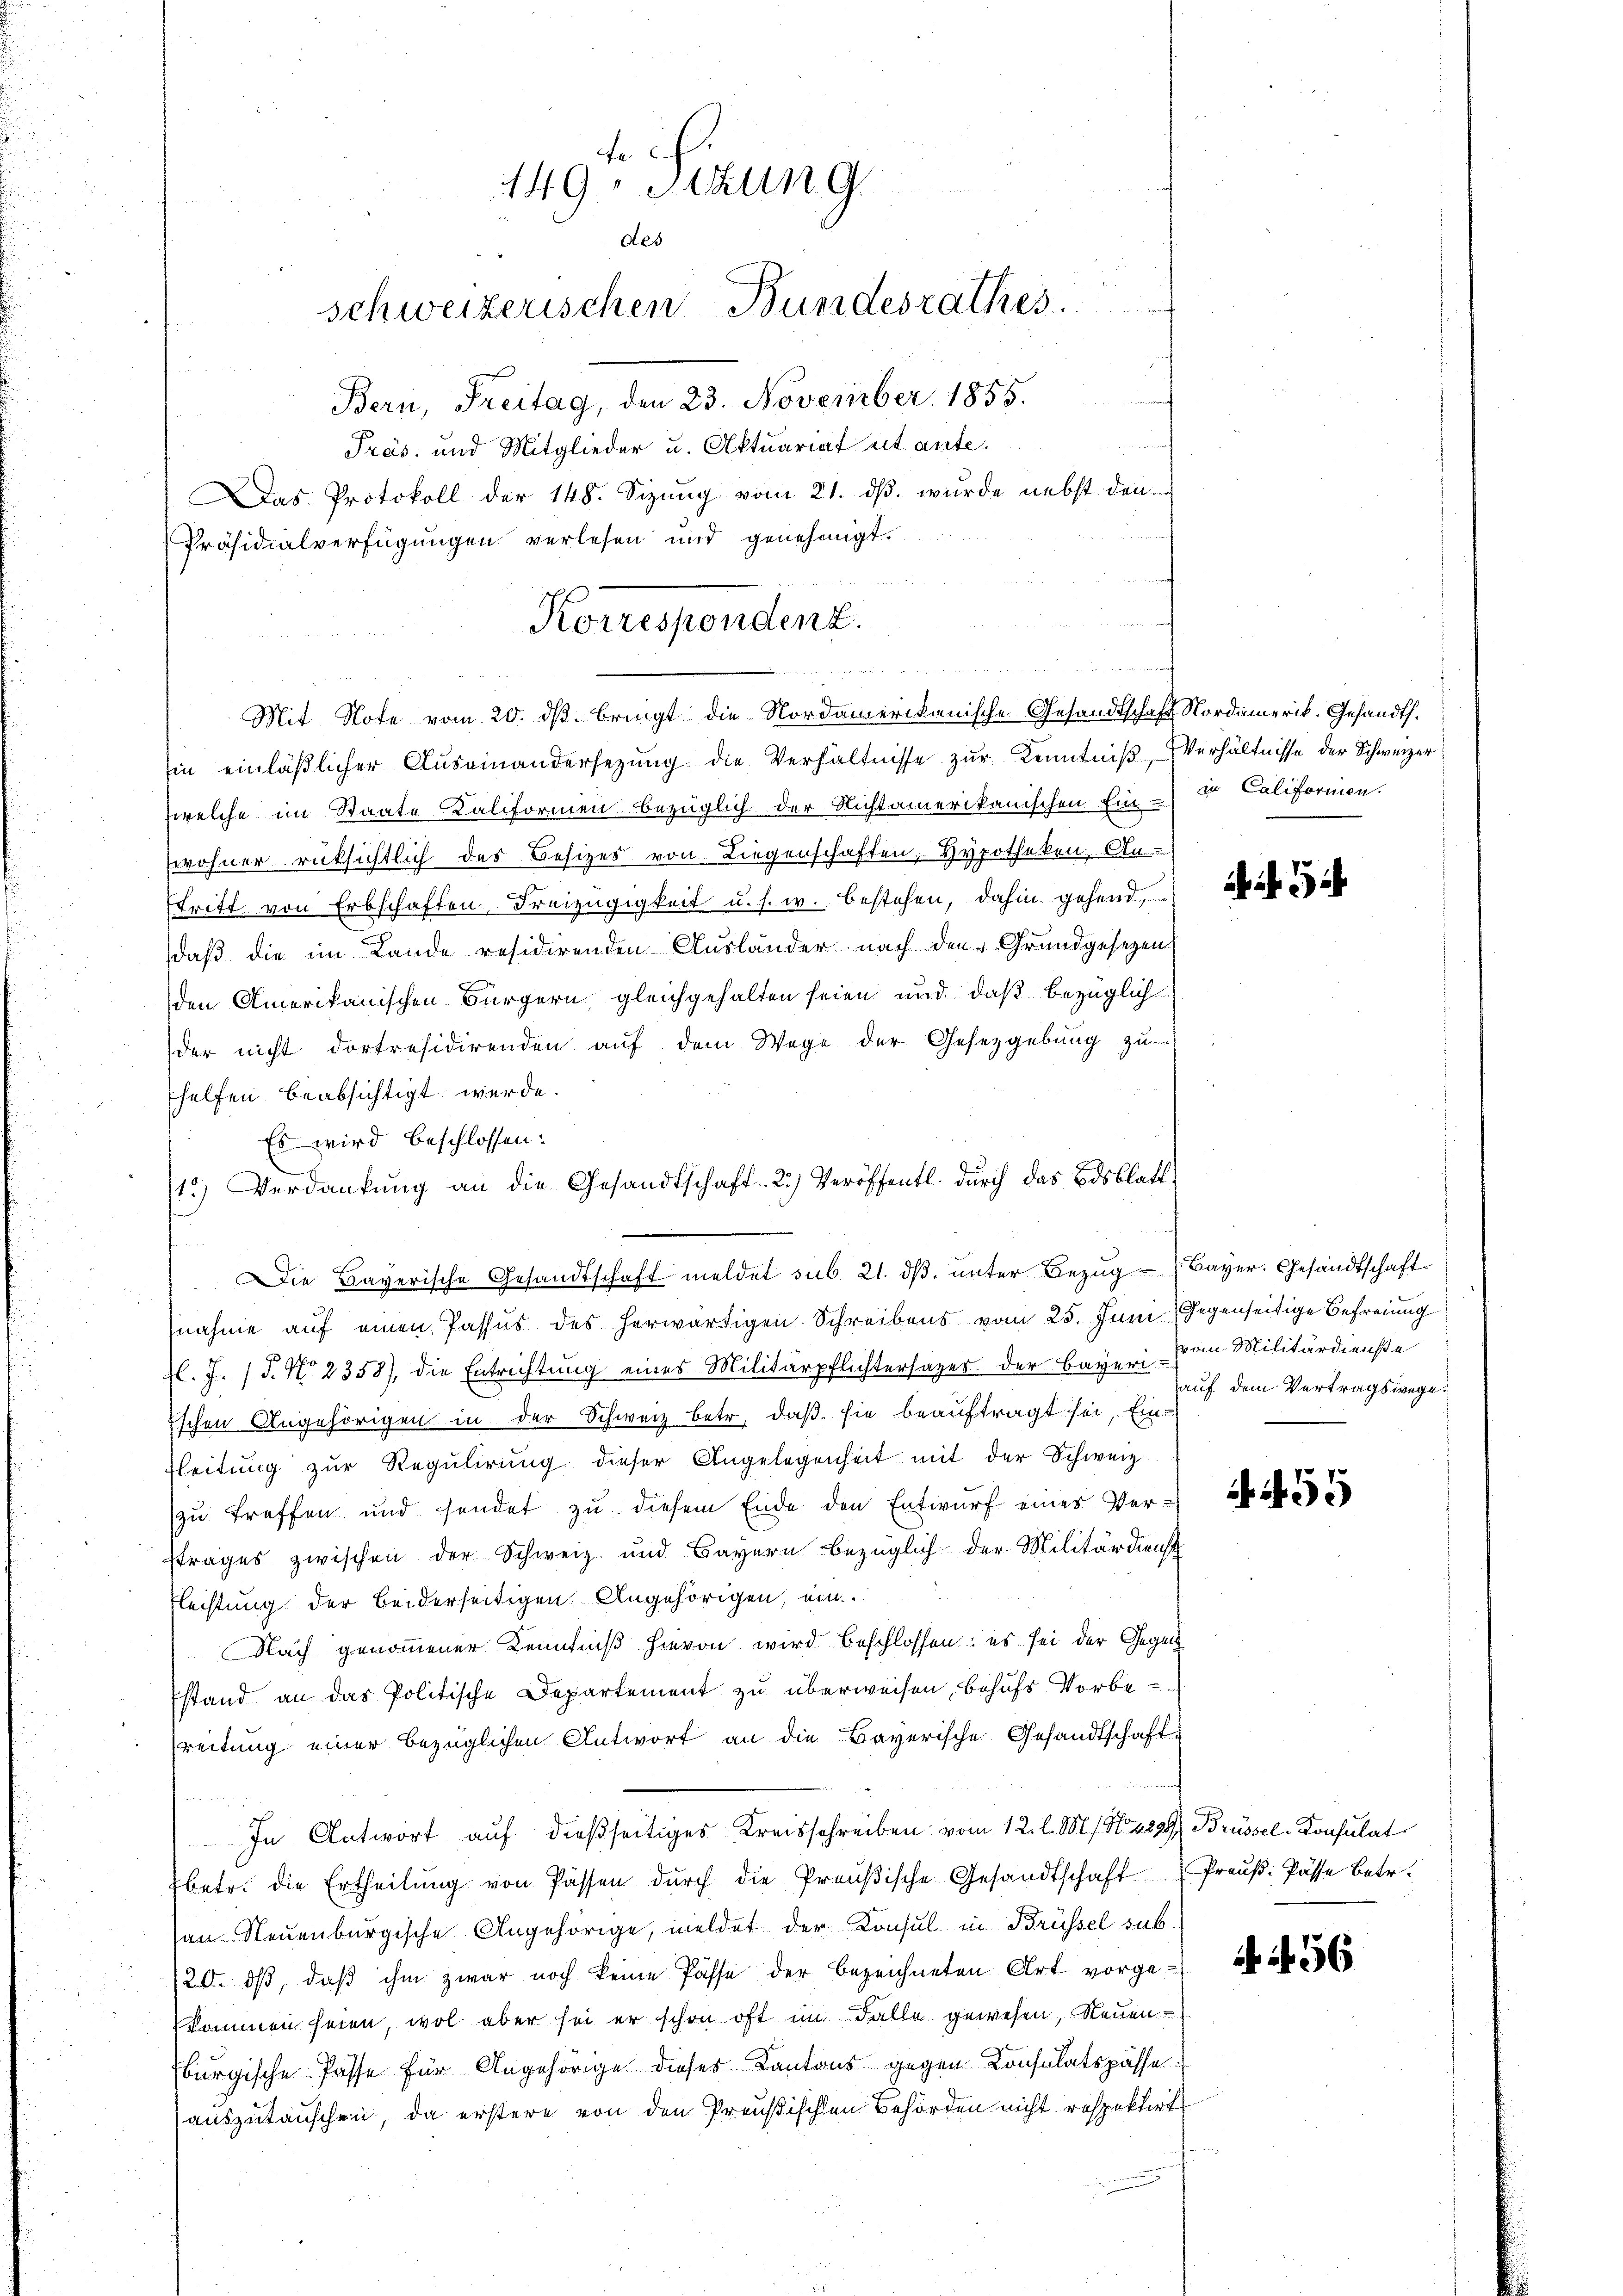
149. Sitzung
des
schweizerischen Bundesrathes.
Bern, Freitag, den 23. November 1855.
Präs. und Mitglieder u. Aktuariat et ante.
Das Protokoll der 148. Sizŭng vom 21. dβ. wurde nebst den-
Präsidialverfügungen verlesen und genehmigt.

Korrespendenz.
u
Mit Note vom 20. ds. bringt die Nordamerikanische Gesandtschaft Nordamerik. Gesandth.

in einläβlicher Aŭseinandersetzŭng die Verhältnisse zŭr Kenntniβ, Verhältnisse der Schweizer
welche im Staate Kaliformen bezüglich der Nichtamerikanischen Ein- Califormen.
wohner rücksichtlich des Besizes von Liegenschaften, Hypotheken, An
stritt von Erbschaften Freizügigkeit u. s. w. bestehen, dahin gehend,
daß die im Lande residirenden Ausländer nach den Grundgesetzen
den Amerikanischen Bürgern, gleichgehalten seien und daß bezüglich
der nicht dortresidirenden auf dem Wege der Gesetzgebung zu
helfen beabsichtigt werde.
Es wird beschlossen:
.
Die Bayerische Gesandtschaft meldet sub 21. dβ. unter Bezug - Bayer. Gesandtschaft
nahme auf einen Passus des herwärtigen Schreibens vom 25. Juni (Gegenseitige Befreiung
l. J. (T. No 2358), die Entrichtung eines Militärpflichtersager der Bayeri - vom Militärdienste
Eschen Angehörigen in der Schweiz betr. daß sie beauftragt sei, Ein-
Fleitung zur Regulirung dieser Angelegenheit mit der Schweiz
zu treffen und sendet zu diesem Ende den Entwurf eines Verstrages zwischen der Schweiz und Bayern bezüglich der Militärdienst
Flechtung der beiderseitigen Angehörigen, ein.
Nach genommener Kenntniß hievon wird beschlossen: es sei der Gegen
stand an das Politische Departement zu überweisen, behufs Vorbereitung einer bezüglichen Antwort an die Bayerische Gesandtschaft
In Antwort auf dießseitiges Kreisschreiben vom 12. l. M. No 1294, Brüssel-Konsulat
betr. die Ertheilŭng von Passen dŭrch die Preŭβische Gesandtschaft Preŭβ: Pässe betr.
an Neuenburgische Angehörige, meldet der Konsul in Brüssel sub-
/20. dβ, daß ihm zwar noch keine Pässe der bezeichneten Art vorge
kommen seien, wol aber sei er schon oft im Falle gewesen, Neuen-
burgische Pässe für Angehörige dieses Kantons gegen Consulatspasse.
auszutauschen, da erstere von den Preußischen Behörden nicht respektirt

13) Verdankung an die Gesandtschaft: 2.) Veröffentl. durch das Bisblatt

auf dem Vertragswege

5

N. 56